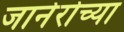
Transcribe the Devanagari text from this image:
जानेरोच्या